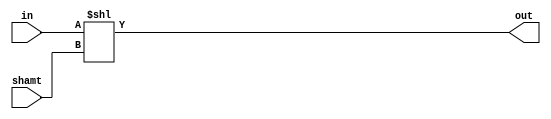
module Shl(
    input [31:0] in,
    input [31:0] shamt,
    output [31:0] out
);

assign out = in << shamt;

endmodule